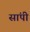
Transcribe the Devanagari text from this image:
सांपी